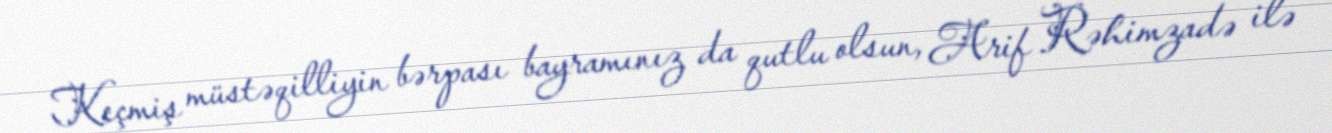
Keçmiş müstəqilliyin bərpası bayramınız da qutlu olsun, Arif Rəhimzadə ilə